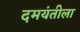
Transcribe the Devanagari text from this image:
दमयंतीला